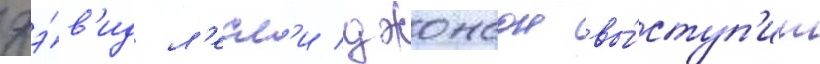
дэ́в'ид л'есл'и джонсон вы́ступ'ит